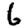
Digit: 6